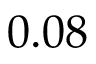
0 . 0 8